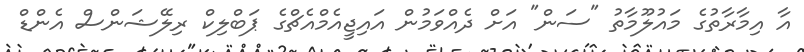
އާ އިމާރާތުގެ މައުލޫމާތު "ސަން" އަށް ދެއްވަމުން އައިޖީއެމްއެޗްގެ ޕަބްލިކް ރިލޭޝަންސް އެންޑް